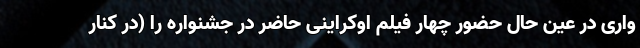
واری در عین حال حضور چهار فیلم اوکراینی حاضر در جشنواره را (در کنار